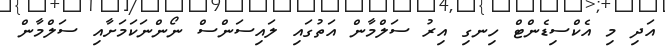
އަދި މި އެކްސިޑެންޓް ހިނގި އިރު ސަލްމާން އަތުގައި ލައިސަންސް ނޯންނަކަމަށާއި ސަލްމާން